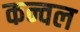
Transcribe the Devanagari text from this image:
कन्वल